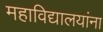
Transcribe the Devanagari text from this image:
महाविद्यालयांना